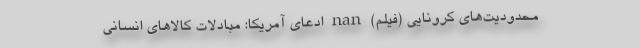
محدودیت‌های کرونایی (فیلم) nan ادعای آمریکا: مبادلات کالاهای انسانی